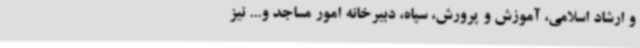
و ارشاد اسلامی، آموزش و پرورش، سپاه، دبیرخانه امور مساجد و... نیز